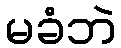
မခံဘဲ